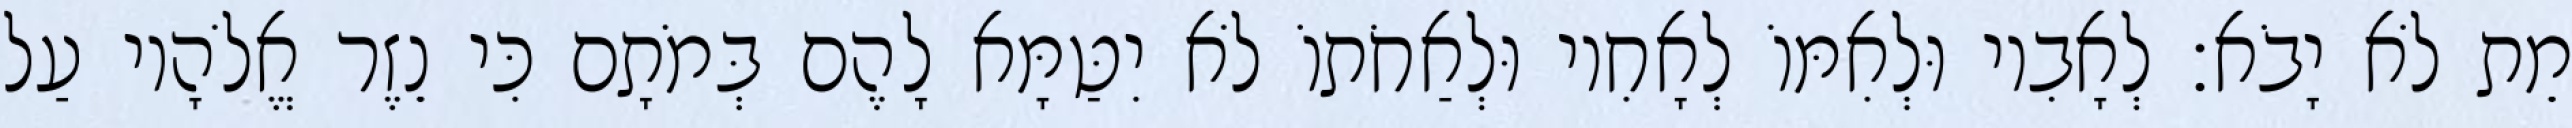
מֵת לֹא יָבֹא׃ לְאָבִיו וּלְאִמּוֹ לְאָחִיו וּלְאַחֹתוֹ לֹא יִטַּמָּא לָהֶם בְּמֹתָם כִּי נֵזֶר אֱלֹהָיו עַל